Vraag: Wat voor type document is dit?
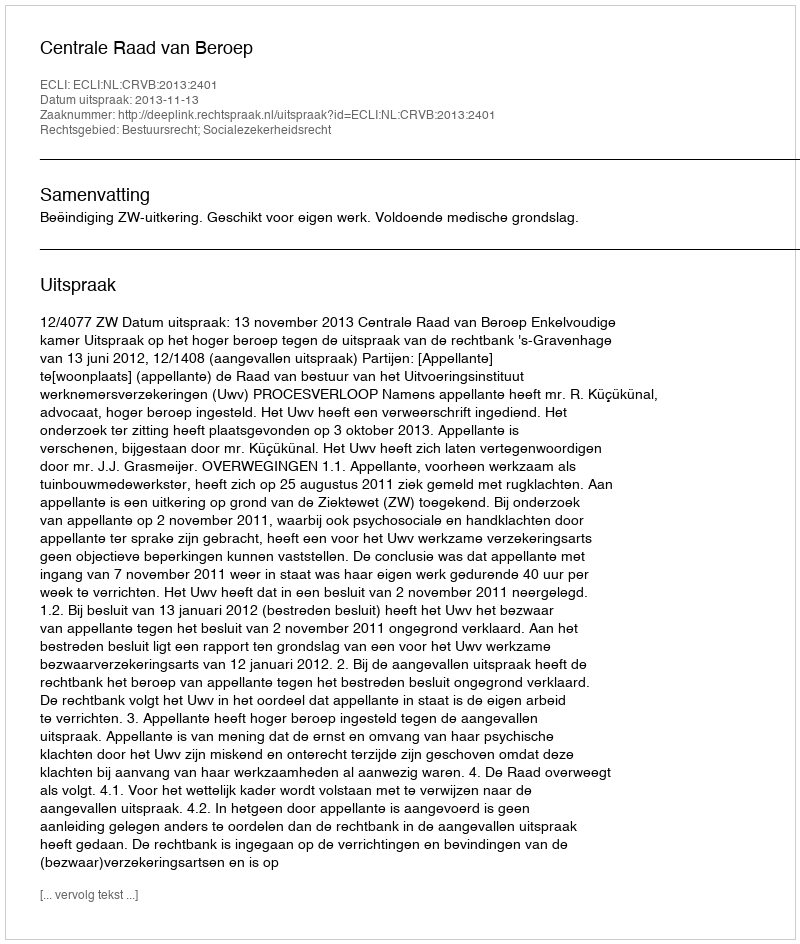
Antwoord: Uitspraak